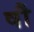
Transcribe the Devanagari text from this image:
षौ